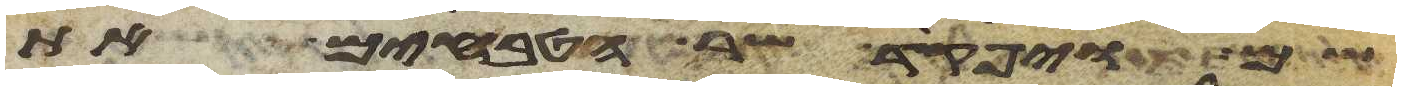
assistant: ויפקד שר הטבחים את